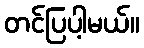
တင်ပြပါ့မယ်။